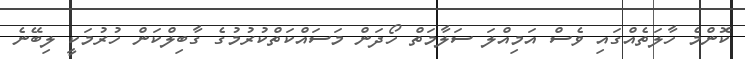
ކޮންމެ ހާލަތެއްގައި ވެސް އަމިއްލަ ސަލާމަތް ހޯދަން މަސައްކަތްކުރުމުގެ ގާބިލްކަން ހުރުމަކީ ލިބޭނެ